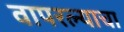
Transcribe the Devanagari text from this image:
वापरल्याचा